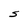
Character: S